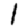
Digit: 1